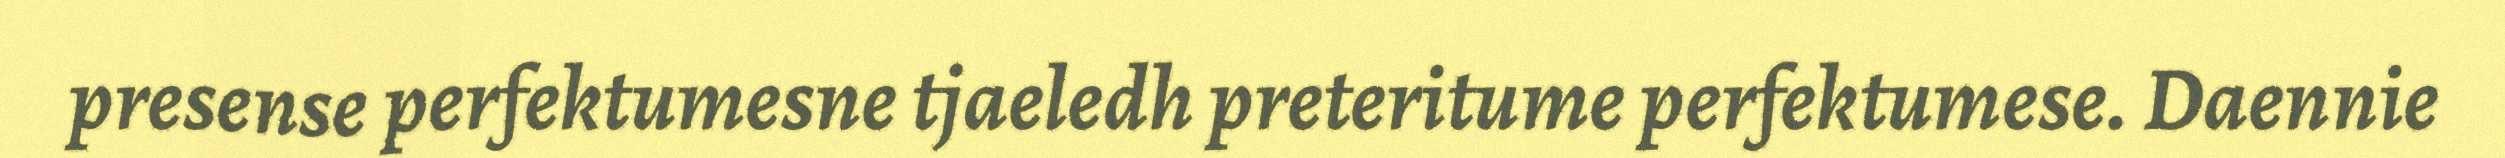
presense perfektumesne tjaeledh preteritume perfektumese. Daennie